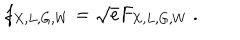
LaTeX: f _ { X , L , G , W } = \sqrt { e } F _ { X , L , G , W } ~ .